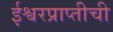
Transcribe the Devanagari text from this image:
ईश्वरप्राप्तीची